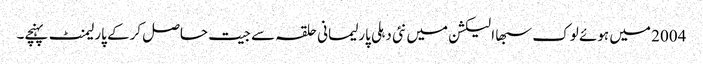
2004 میں ہوئے لوک سبھا الیکشن میں نئی دہلی پارلیمانی حلقہ سے جیت حاصل کرکے پارلیمنٹ پہنچے۔